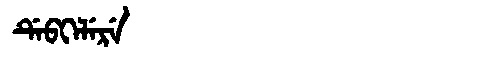
Manchu: ᡩᡝᠪᡴᡝᠯᡝᡵᡝ
Romanization: DEBKELERE